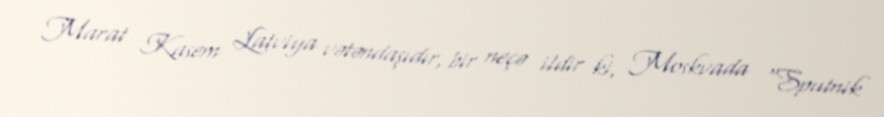
Marat Kasem Latviya vətəndaşıdır, bir neçə ildir ki, Moskvada “Sputnik